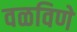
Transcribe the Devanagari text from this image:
वळविणे